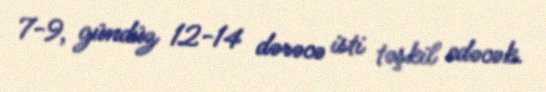
7-9, gündüz 12-14 dərəcə isti təşkil edəcək.